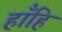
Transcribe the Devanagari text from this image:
हाँहि